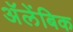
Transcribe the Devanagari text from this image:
अॅलेंबिक